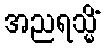
အညရသ္မိံ